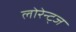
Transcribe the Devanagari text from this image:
लोरेन्ट्ज